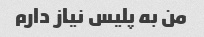
من به پلیس نیاز دارم